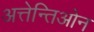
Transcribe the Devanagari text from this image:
अत्तेन्तिओन